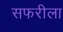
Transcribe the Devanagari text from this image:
सफरीला